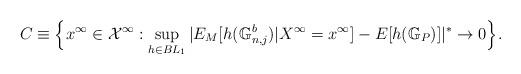
LaTeX: \begin{align*}C\equiv \Big\{x^\infty\in\mathcal X^\infty:\sup_{h\in BL_1}|E_M[h(\mathbb G^b_{n,j})|X^\infty=x^\infty]-E[h(\mathbb G_P)]|^*\to 0\Big\}.\end{align*}